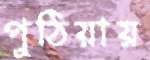
পুঠিয়ায়